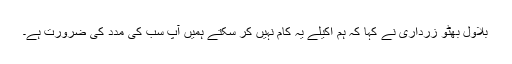
بلاول بھٹو زرداری نے کہا کہ ہم اکیلے یہ کام نہیں کر سکتے ہمیں آپ سب کی مدد کی ضرورت ہے۔